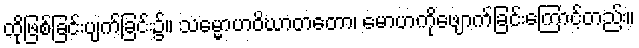
ထိုဖြစ်ခြင်းပျက်ခြင်း၌။ သမ္မောဟဝိဃာတတော၊ မောဟကိုဖျောက်ခြင်းကြောင့်တည်း။